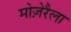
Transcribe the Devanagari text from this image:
मोज़ेरैला